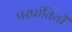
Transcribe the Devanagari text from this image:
परप्रांतियों